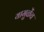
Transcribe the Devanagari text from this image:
यामुळेंच